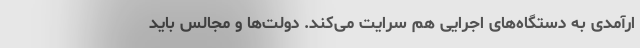
ارآمدی به دستگاه‌های اجرایی هم سرایت می‌کند. دولت‌ها و مجالس باید